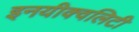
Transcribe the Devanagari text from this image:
इनयीक्वलिटी